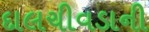
દાલચીવડાની